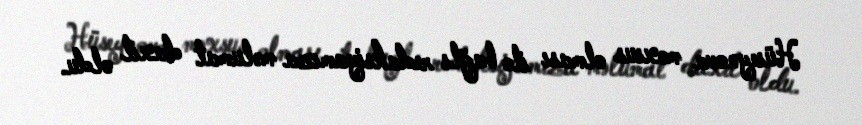
Hüseynova məxsus olması ilə bağlı redaksiyamıza məlumat daxil oldu.